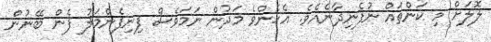
ލޮލަށް މި ކަންތައް ނުފެނިދާނެއެވެ. އެހެންވެ މަދުން ނަމަވެސް ފިނިފެންމަލު ފެން ބޭނުން